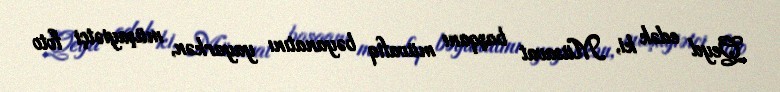
Qeyd edək ki, Müsavat başqanı müvafiq bəyanatını yayarkən, müşayiətçi foto